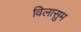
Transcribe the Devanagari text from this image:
विलासुम